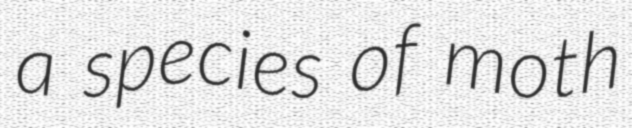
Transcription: a species of moth